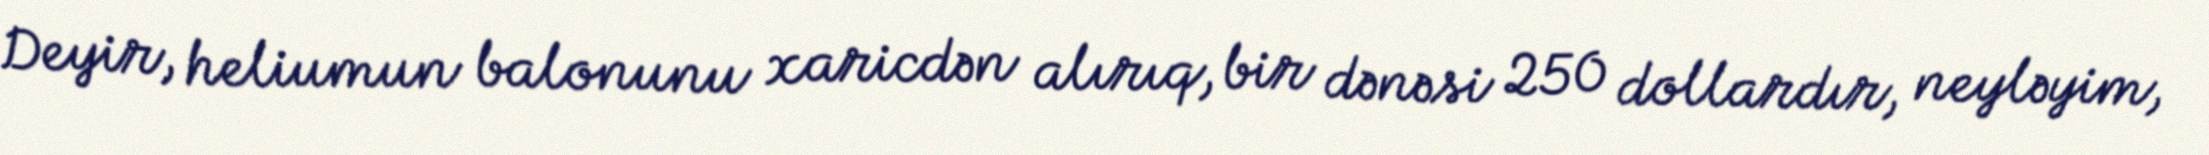
Deyir, heliumun balonunu xaricdən alırıq, bir dənəsi 250 dollardır, neyləyim,